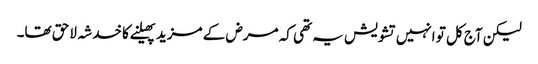
لیکن آج کل تو انہیں تشویش یہ تھی کہ مرض کے مزید پھیلنے کا خدشہ لاحق تھا۔